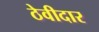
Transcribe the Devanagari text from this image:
ठेवीदार